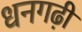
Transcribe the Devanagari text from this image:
धनगढ़ी